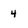
Character: 4